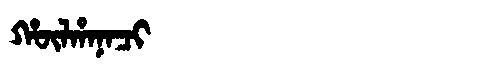
Manchu: ᡥᡡᠯᡥᠠᠨᠠᠴᡳ
Romanization: HŪLHANACI